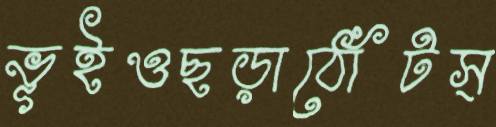
ভূইওছড়াঠোঁটস্